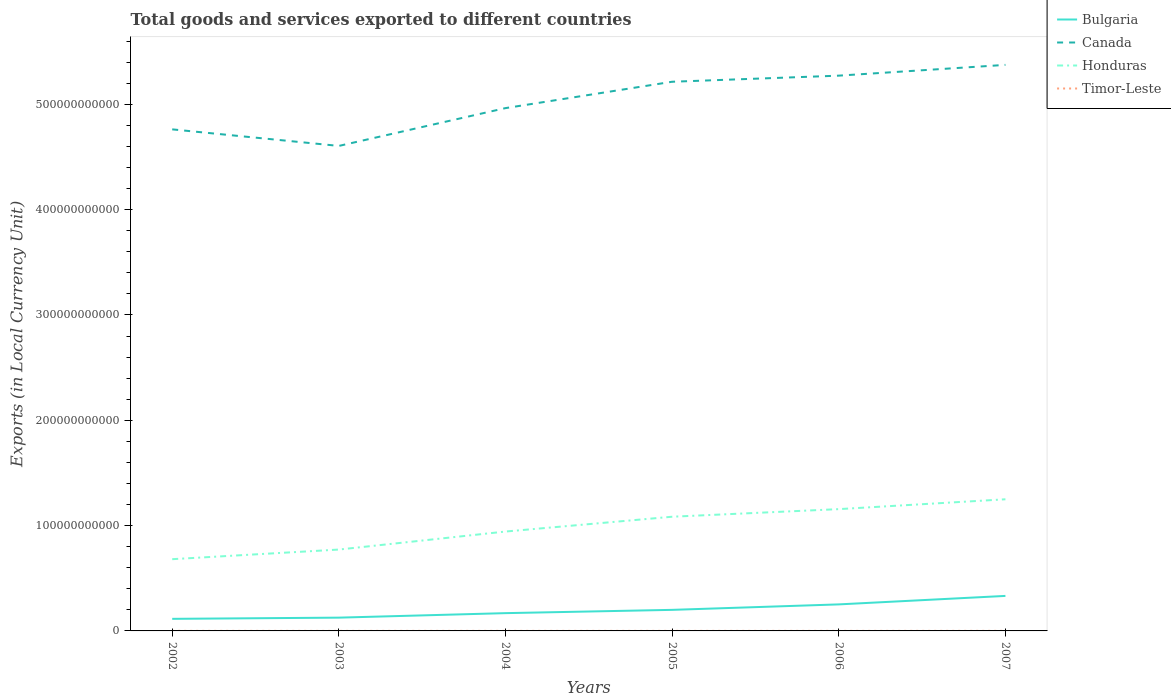
| Years | Bulgaria | Canada | Honduras | Timor-Leste |
 | --- | --- | --- | --- | --- |
 | 2002 | 1.15e+10 | 4.76e+11 | 6.81e+10 | 3.9e+07 |
 | 2003 | 1.26e+10 | 4.6e+11 | 7.73e+10 | 3.6e+07 |
 | 2004 | 1.69e+10 | 4.96e+11 | 9.44e+10 | 3.9e+07 |
 | 2005 | 2e+10 | 5.21e+11 | 1.08e+11 | 4e+07 |
 | 2006 | 2.52e+10 | 5.27e+11 | 1.16e+11 | 4.5e+07 |
 | 2007 | 3.32e+10 | 5.37e+11 | 1.25e+11 | 6e+07 |